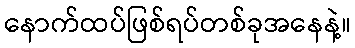
နောက်ထပ်ဖြစ်ရပ်တစ်ခုအနေနဲ့။